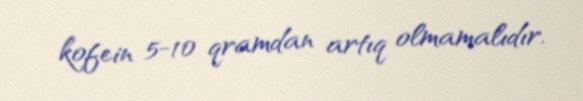
kofein 5-10 qramdan artıq olmamalıdır.